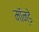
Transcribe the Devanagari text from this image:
मॉन्डे